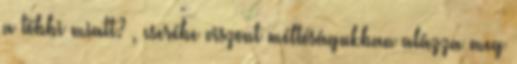
a többi miatt? , cserébe viszont méltóságukban alázza meg